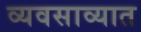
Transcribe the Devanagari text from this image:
व्यवसाव्यात